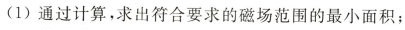
(1)通过计算，求出符合要求的磁场范围的最小面积；